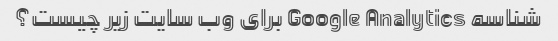
شناسه Google Analytics برای وب سایت زیر چیست؟